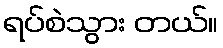
ရပ်စဲသွား တယ်။